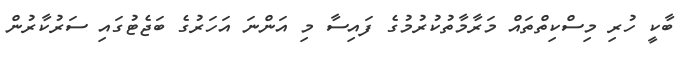
ބާކީ ހުރި މިސްކިތްތައް މަރާމާތުކުރުމުގެ ފައިސާ މި އަންނަ އަހަރުގެ ބަޖެޓުގައި ސަރުކާރުން